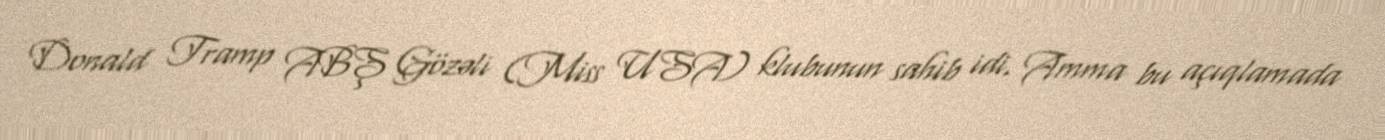
Donald Tramp ABŞ Gözəli (Miss USA) klubunun sahib idi. Amma bu açıqlamada